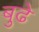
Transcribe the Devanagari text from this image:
बुढे